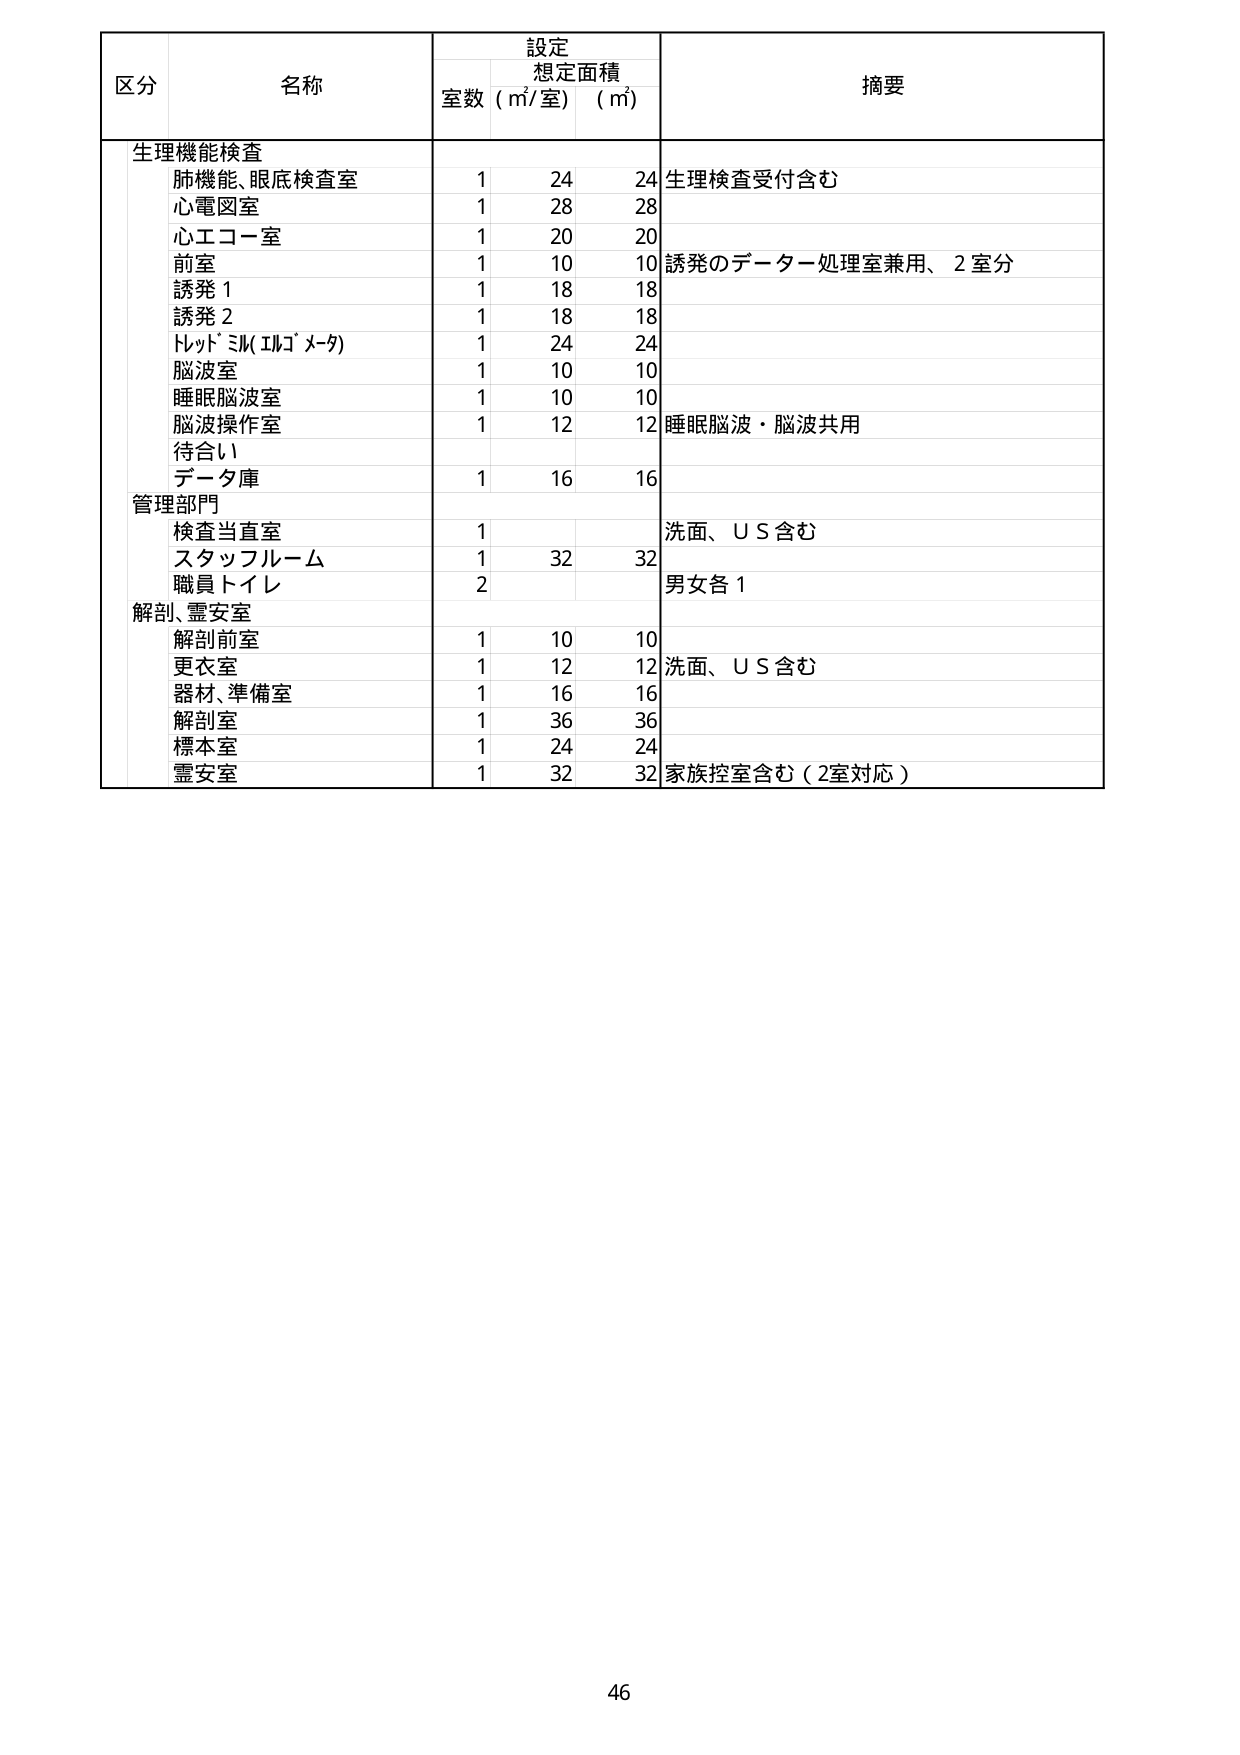
区分 名称 設定 想定面積 摘要
室数（㎡/室）（㎡）

生理機能検査
肺機能、眼底検査室 1 24 24 生理検査受付含む
心電図室 1 28 28
心エコー室 1 20 20
前室 1 10 10 誘発のデーター処理室兼用、2室分
誘発1 1 18 18
誘発2 1 18 18
トレッドミル（エルゴメーター） 1 24 24
脳波室 1 10 10
睡眠脳波室 1 10 10
脳波操作室 1 12 12 睡眠脳波・脳波共用
待合い
データ庫 1 16 16

管理部門
検査当直室 1 洗面、ＵＳ含む
スタッフルーム 1 32 32
職員トイレ 2 男女各1

解剖、霊安室
解剖前室 1 10 10
更衣室 1 12 12 洗面、ＵＳ含む
器材、準備室 1 16 16
解剖室 1 36 36
標本室 1 24 24
霊安室 1 32 32 家族控室含む（2室対応）

46